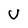
Character: U